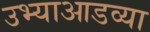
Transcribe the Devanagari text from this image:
उभ्याआडव्या